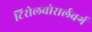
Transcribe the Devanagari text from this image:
टिरोलवोरार्लवर्ग